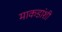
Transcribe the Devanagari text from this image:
माकडांशी